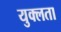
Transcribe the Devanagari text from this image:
युक्लता